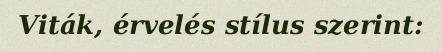
Viták, érvelés stílus szerint: